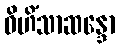
ဝိဟိံသာဆန္ဒော